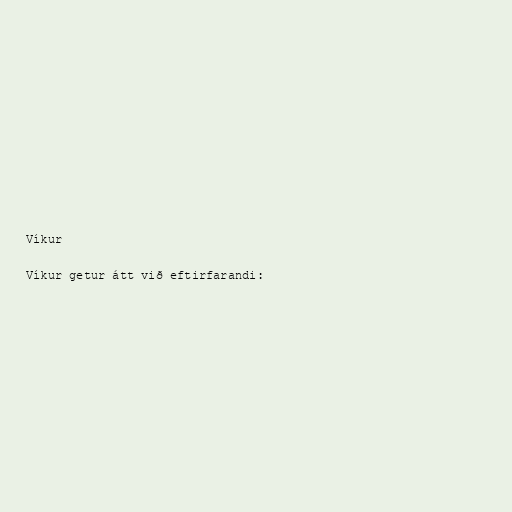
Víkur

Víkur getur átt við eftirfarandi: